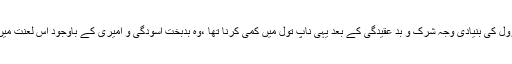
سابقہ قوموں میں قومِ شعیب علیہ السلام پر عذابِ الہی کے نزول کی بنیادی وجہ شرک و بد عقیدگی کے بعد یہی ناپ تول میں کمی کرنا تھا ،وہ بدبخت آسودگی و امیری کے باوجود اس لعنت میں مبتلا تھے جس کا انجام اُن کی بربادی کی صورت میں ہوا۔